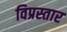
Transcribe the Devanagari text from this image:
विप्रस्तार